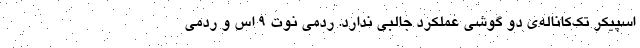
اسپیکر تک‌کاناله‌ی دو گوشی عملکرد جالبی ندارد. ردمی نوت ۹ اس و ردمی